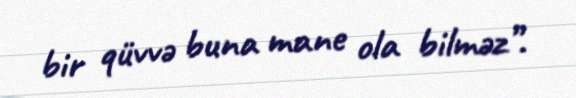
bir qüvvə buna mane ola bilməz”.